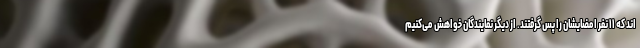
اند که ۱۱ نفر امضایشان را پس گرفتند. از دیگر نمایندگان خواهش می‌کنیم